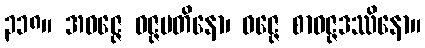
၃၁၈။ အဝဇ္ဇေ ဝဇ္ဇမတိနော၊ ဝဇ္ဇေ စာဝဇ္ဇဒဿိနော။